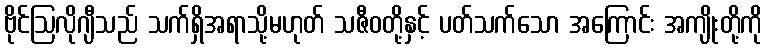
ဗိုင်ဩလိုဂျီသည် သက်ရှိအရာသို့မဟုတ် သဇီဝတို့နှင့် ပတ်သက်သော အကြောင်း အကျိုးတို့ကို